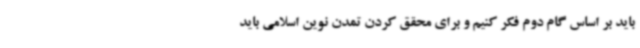
باید بر اساس گام دوم فکر کنیم و برای محقق کردن تمدن نوین اسلامی باید